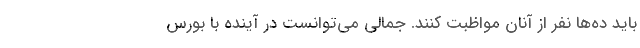
باید ده‌ها نفر از آنان مواظبت کنند. جمالی می‌توانست در آینده با بورس